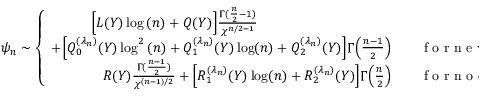
\psi _ { n } \sim \left\{ \begin{array} { r l } { \Big [ L ( Y ) \log { ( n ) } + Q ( Y ) \Big ] \frac { \Gamma ( \frac { n } { 2 } - 1 ) } { \chi ^ { n / 2 - 1 } } \qquad \qquad ~ ~ \qquad \qquad \quad } & { { } } \\ { + \Big [ Q _ { 0 } ^ { ( \lambda _ { n } ) } ( Y ) \log ^ { 2 } { ( n ) } + Q _ { 1 } ^ { ( \lambda _ { n } ) } ( Y ) \log ( n ) + Q _ { 2 } ^ { ( \lambda _ { n } ) } ( Y ) \Big ] \Gamma \Big ( \frac { n - 1 } { 2 } \Big ) } & { { } \quad \mathrm { ~ f ~ o ~ r ~ n ~ e ~ v ~ e ~ n ~ } , } \\ { R ( Y ) \frac { \Gamma ( \frac { n - 1 } { 2 } ) } { \chi ^ { ( n - 1 ) / 2 } } + \Big [ R _ { 1 } ^ { ( \lambda _ { n } ) } ( Y ) \log ( n ) + R _ { 2 } ^ { ( \lambda _ { n } ) } ( Y ) \Big ] \Gamma \Big ( \frac { n } { 2 } \Big ) } & { { } \quad \mathrm { ~ f ~ o ~ r ~ n ~ o ~ d ~ d ~ } . } \end{array} \right.